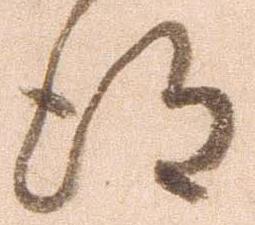
得